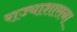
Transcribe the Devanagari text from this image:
राज्याशासना